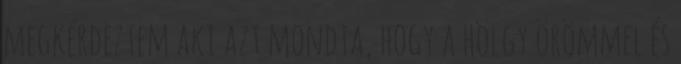
megkérdeztem aki azt mondta, hogy a hölgy örömmel és